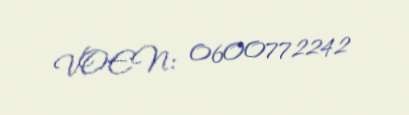
VOEN: 0600772242